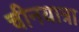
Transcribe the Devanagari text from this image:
चीनयात्रा